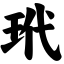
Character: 玳